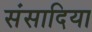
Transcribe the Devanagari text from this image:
संसादिया